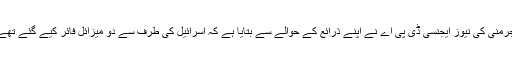
جرمنی کی نیوز ایجنسی ڈی پی اے نے اپنے ذرائع کے حوالے سے بتایا ہے کہ اسرائیل کی طرف سے دو میزائل فائر کیے گئے تھے۔